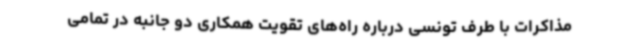
مذاکرات با طرف تونسی درباره راه‌های تقویت همکاری دو جانبه در تمامی